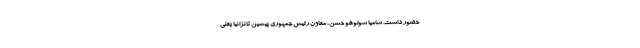
حضور داشت. سامیا سولوهو حسن، معاون رئيس جمهوری پیشین تانزانیا یعنی